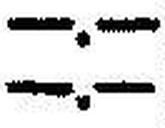
—.—